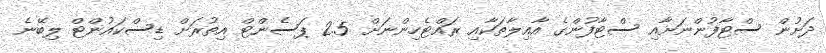
ދަށުން ސްޓާފުންނަށާއި ސްޓާފުންގެ އާއިލާތަކާއި ރައްޓެހިންނަށް 2.5 ޕަސެންޓް އިތުރަށް ޑިސްކައުންޓް ލިބޭނެ